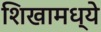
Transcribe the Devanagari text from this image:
शिखामध्ये